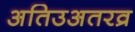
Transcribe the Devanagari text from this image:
अतिउअतरव्र